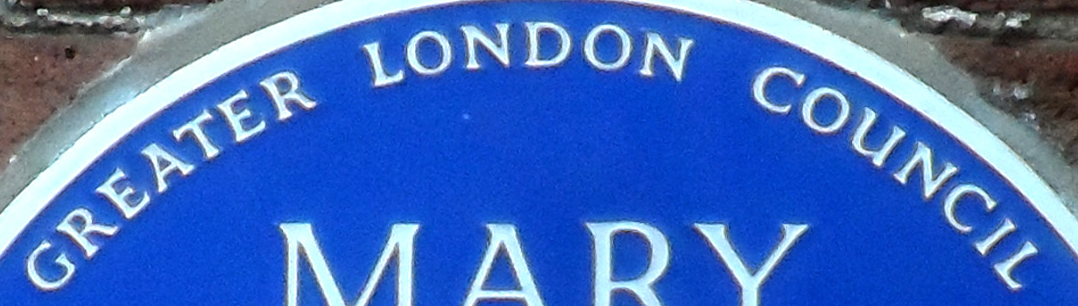
CREATER LONDON COUNCIL